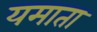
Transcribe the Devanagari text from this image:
यमाता